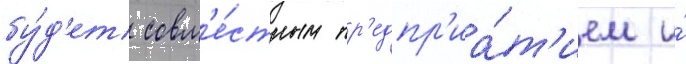
бу́д'ет совм'е́стным пр'едпр'иа́т'ием и́